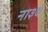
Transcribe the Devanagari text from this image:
ना३व